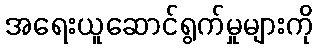
အရေးယူဆောင်ရွက်မှုများကို